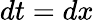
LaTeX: dt=dx